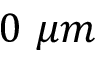
0 \ \mu m